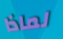
لماذا